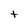
Character: t